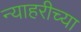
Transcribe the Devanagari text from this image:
न्याहरीच्या